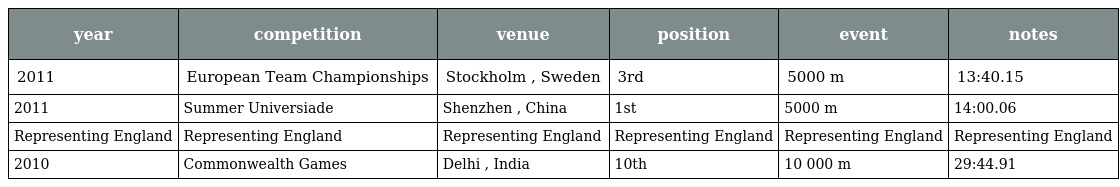
| year | competition | venue | position | event | notes |
 | --- | --- | --- | --- | --- | --- |
 | 2011 | European Team Championships | Stockholm , Sweden | 3rd | 5000 m | 13:40.15 |
 | 2011 | Summer Universiade | Shenzhen , China | 1st | 5000 m | 14:00.06 |
 | Representing England | Representing England | Representing England | Representing England | Representing England | Representing England |
 | 2010 | Commonwealth Games | Delhi , India | 10th | 10 000 m | 29:44.91 |